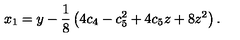
x _ { 1 } = y - \frac { 1 } { 8 } \left( 4 c _ { 4 } - c _ { 5 } ^ { 2 } + 4 c _ { 5 } z + 8 z ^ { 2 } \right) .